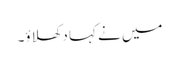
میں نے کہا دکھلاؤ۔